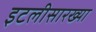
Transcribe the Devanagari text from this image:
इटलीसारख्या